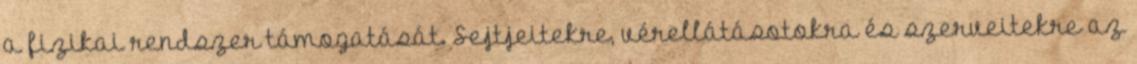
a fizikai rendszer támogatását. Sejtjeitekre, vérellátásotokra és szerveitekre az